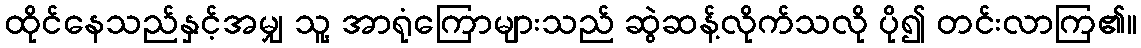
ထိုင်နေသည်နှင့်အမျှ သူ့ အာရုံကြောများသည် ဆွဲဆန့်လိုက်သလို ပို၍ တင်းလာကြ၏။